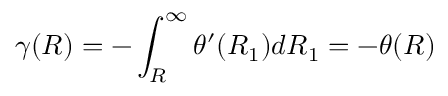
\gamma ( R ) = - \int _ { R } ^ { \infty } \theta ^ { \prime } ( R _ { 1 } ) d R _ { 1 } = - \theta ( R )